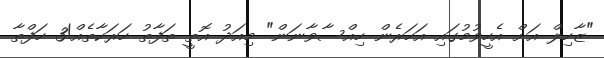
"ޒާހިލް އަށް އެހީވުމުގައި އަހަރެން ހިއްސާވާނަން" މިއަދު އޮތީ ތަފާތު ހަރަކާތެއް!3 ހަފްތާ